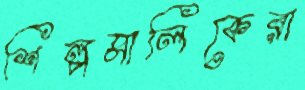
শিল্পমালিকেরা